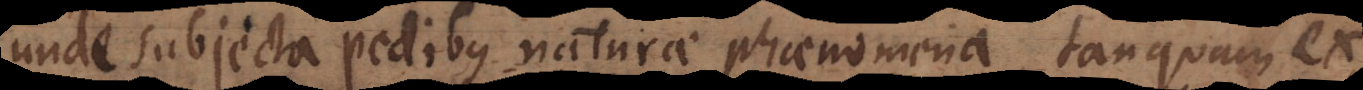
unde subjecta pedibus naturae phaenomena, tanquam ex